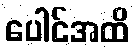
ပေါင်အထိ